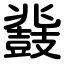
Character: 鼗